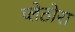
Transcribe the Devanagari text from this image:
प्लेठोरा